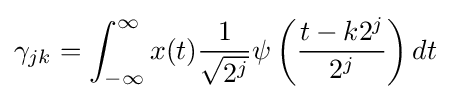
\gamma _{jk}=\int _{-\infty }^{\infty }x(t){\frac {1}{\sqrt {2^{j}}}}\psi \left({\frac {t-k2^{j}}{2^{j}}}\right)dt